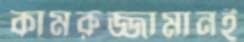
কামরুজ্জামানই